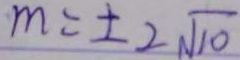
m = \pm 2 \sqrt { 1 0 }